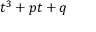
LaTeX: \; t ^ { 3 } + p t + q